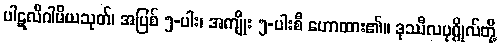
ပါဋလိဂါမိယသုတ်၊ အပြစ် ၅-ပါး၊ အကျိုး ၅-ပါးစီ ဟောထား၏။ ဒုဿီလပုဂ္ဂိုလ်တို့